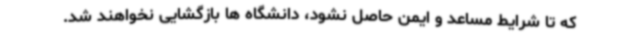
که تا شرایط مساعد و ایمن حاصل نشود، دانشگاه ها بازگشایی نخواهند شد.